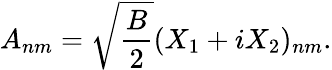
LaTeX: A_{nm}=\sqrt{\frac{B}{2}}(X_{1}+iX_{2})_{nm}.